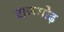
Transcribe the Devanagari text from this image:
राजगोढ़